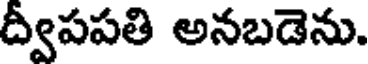
ద్వీపపతి అనబడెను.